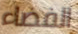
الفضاء